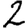
Digit: 2